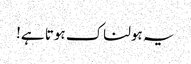
یہ ہولناک ہوتا ہے!